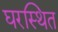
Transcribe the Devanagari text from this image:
घरस्थित